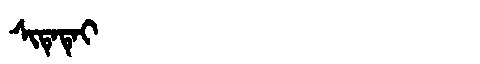
Manchu: ᠰᡳᡨᡝᡨᡝᡳ
Romanization: SITETEI